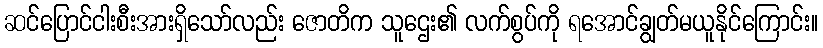
ဆင်ပြောင်ငါးစီးအားရှိသော်လည်း ဇောတိက သူဌေး၏ လက်စွပ်ကို ရအောင်ချွတ်မယူနိုင်ကြောင်း။